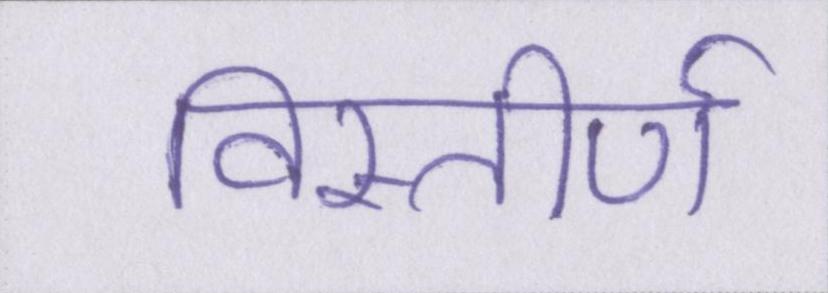
विस्तीर्ण